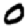
Digit: 0